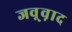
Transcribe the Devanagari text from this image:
जव़्व़ाद